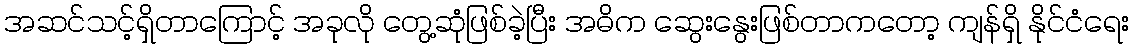
အဆင်သင့်ရှိတာကြောင့် အခုလို တွေ့ဆုံဖြစ်ခဲ့ပြီး အဓိက ဆွေးနွေးဖြစ်တာကတော့ ကျန်ရှိ နိုင်ငံရေး